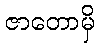
ဇာတောမှိ